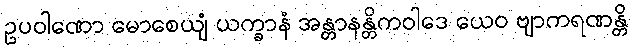
ဥပဝါဏော မောစေယျံ ယက္ခာနံ အန္တာနန္တိကဝါဒေ ယေဝ ဗျာကရဏန္တိ